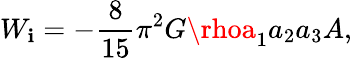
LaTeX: W_{\mathbf{i}}=-\frac{{8}}{{15}}\pi^{2}G\rhoa_{1}a_{2}a_{3}A,